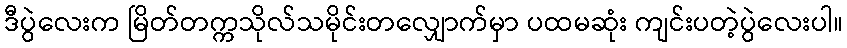
ဒီပွဲလေးက မြိတ်တက္ကသိုလ်သမိုင်းတလျှောက်မှာ ပထမဆုံး ကျင်းပတဲ့ပွဲလေးပါ။